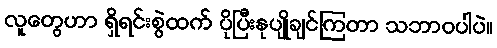
လူတွေဟာ ရှိရင်းစွဲထက် ပိုပြီးနုပျိုချင်ကြတာ သဘာဝပါပဲ။